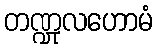
တဏ္ဍုလဟောမံ